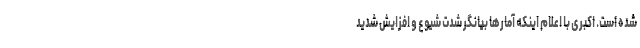
شده است. اکبری با اعلام اینکه آمارها بیانگر شدت شیوع و افزایش شدید